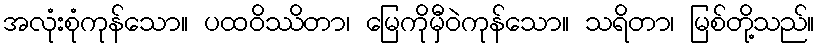
အလုံးစုံကုန်သော။ ပထဝိဿိတာ၊ မြေကိုမှီဝဲကုန်သော။ သရိတာ၊ မြစ်တို့သည်။